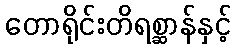
တောရိုင်းတိရစ္ဆာန်နှင့်